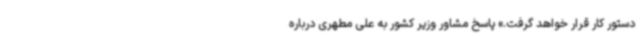
دستور کار قرار خواهد گرفت.» پاسخ مشاور وزیر کشور به علی مطهری درباره